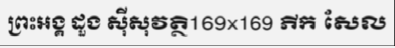
ព្រះអង្គ ដួង ស៊ីសុវត្ថិ169x169 ភីក សែល